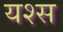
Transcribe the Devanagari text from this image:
यश्स